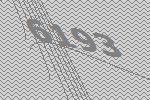
6193